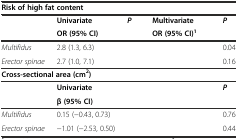
<table><thead><tr><td colspan="5"><b>Risk of high fat content</b></td></tr><tr><td>[EMPTY_CELL]</td><td><b>Univariate</b></td><td><b><i>P</i></b></td><td><b>Multivariate</b></td><td><b><i>P</i></b></td></tr><tr><td>[EMPTY_CELL]</td><td><b>OR (95% CI)</b></td><td>[EMPTY_CELL]</td><td><b>OR (95% CI)<sup>1</sup></b></td><td>[EMPTY_CELL]</td></tr></thead><tbody><tr><td><i>Multifidus</i></td><td>2.8 (1.3, 6.3)</td><td>[EMPTY_CELL]</td><td>[EMPTY_CELL]</td><td>0.04</td></tr><tr><td><i>Erector spinae</i></td><td>2.7 (1.0, 7.1)</td><td>[EMPTY_CELL]</td><td>[EMPTY_CELL]</td><td>0.16</td></tr><tr><td colspan="5"><b>Cross-sectional area (cm</b><sup><b>2</b></sup><b>)</b></td></tr><tr><td>[EMPTY_CELL]</td><td><b>Univariate</b></td><td>[EMPTY_CELL]</td><td>[EMPTY_CELL]</td><td><b><i>P</i></b></td></tr><tr><td>[EMPTY_CELL]</td><td><b>β (95% CI)</b></td><td>[EMPTY_CELL]</td><td>[EMPTY_CELL]</td><td>[EMPTY_CELL]</td></tr><tr><td><i>Multifidus</i></td><td>0.15 (−0.43, 0.73)</td><td>[EMPTY_CELL]</td><td>[EMPTY_CELL]</td><td>0.76</td></tr><tr><td><i>Erector spinae</i></td><td>−1.01 (−2.53, 0.50)</td><td>[EMPTY_CELL]</td><td>[EMPTY_CELL]</td><td>0.44</td></tr></tbody></table>